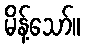
မိန့်သော်။